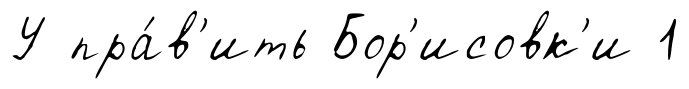
У пра́в'ить Бор'исовк'и 1